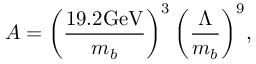
A = \biggl ( { \frac { 1 9 . 2 \mathrm { G e V } } { m _ { b } } } \biggr ) ^ { 3 } \, \biggl ( { \frac { \Lambda } { m _ { b } } } \biggr ) ^ { 9 } ,